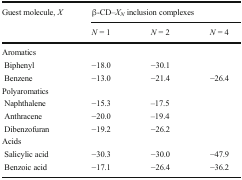
| <ROWSPAN=2> Guest molecule, X | <COLSPAN=3> β-CD–XN inclusion complexes |
 | N = 1 | N = 2 | N = 4 |
 | --- | --- | --- | --- |
 | <COLSPAN=4> Aromatics |
 | Biphenyl | −18.0 | −30.1 |  |
 | Benzene | −13.0 | −21.4 | −26.4 |
 | <COLSPAN=4> Polyaromatics |
 | Naphthalene | −15.3 | –17.5 |  |
 | Anthracene | −20.0 | –19.4 |  |
 | Dibenzofuran | −19.2 | −26.2 |  |
 | <COLSPAN=4> Acids |
 | Salicylic acid | −30.3 | −30.0 | −47.9 |
 | Benzoic acid | −17.1 | −26.4 | −36.2 |